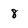
Character: 8